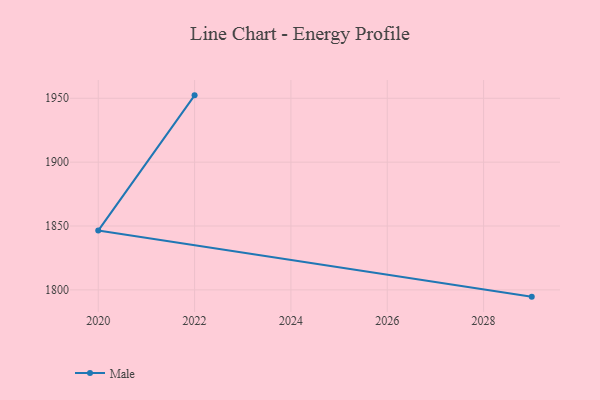
{"axis": {"x": "Year", "y": "Humidity (%)"}, "legend": ["Male"], "data": [{"x": "2029", "y": 1794.7, "type": "Male"}, {"x": "2020", "y": 1846.4, "type": "Male"}, {"x": "2022", "y": 1952.3, "type": "Male"}]}